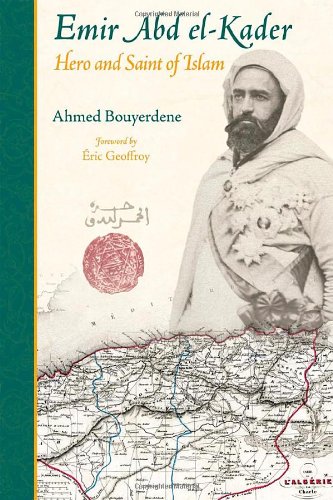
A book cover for Emir Abd el-Kader: Hero and Saint of Islam (Perennial Philosophy); Ahmed Bouyerdene; History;